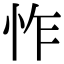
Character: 怍